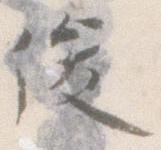
俊